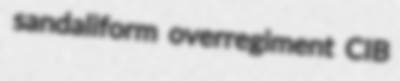
sandaliform overregiment CIB